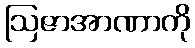
ဩဇာအာဏာကို